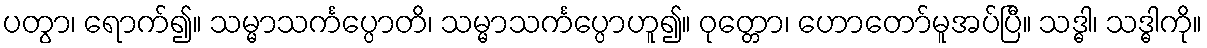
ပတွာ၊ ရောက်၍။ သမ္မာသင်္ကပ္ပောတိ၊ သမ္မာသင်္ကပ္ပောဟူ၍။ ဝုတ္တော၊ ဟောတော်မူအပ်ပြီ။ သဒ္ဓါ၊ သဒ္ဓါကို။